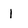
Character: l